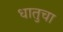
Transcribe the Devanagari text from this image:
धातुचा